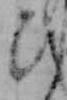
ひ